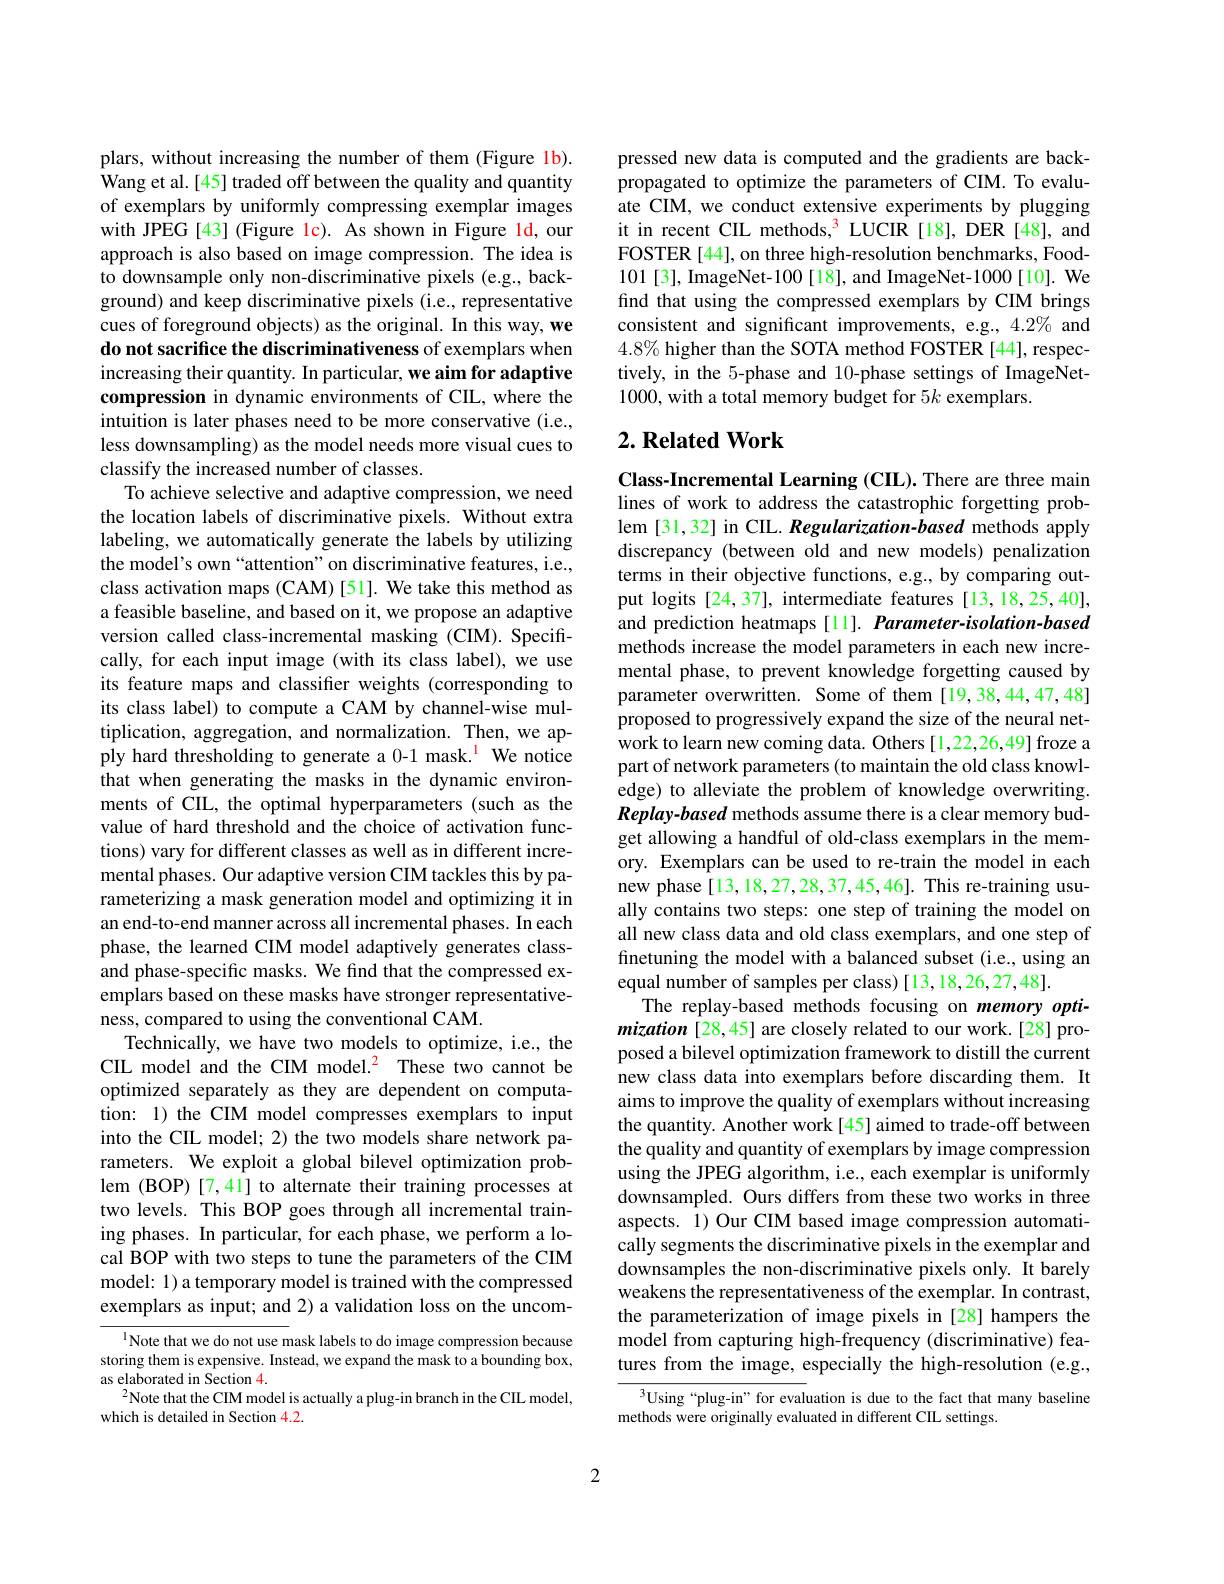
plars, without increasing the number of them (Figure 1b). Wang et al.[45] traded off between the quality and quantity of exemplars by uniformly compressing exemplar images with JPEG [43] (Figure lc). As shown in Figure ld, our approach is also based on image compression. The idea is to downsample only non-discriminative pixels (e.g., background) and keep discriminative pixels (i.e., representative cues of foreground objects) as the original. In this way, we do not sacrifice the discriminativeness of exemplars when increasing their quantity. In particular, we aim for adaptive compression in dynamic environments of CIL, where the intuition is later phases need to be more conservative (i.e., less downsampling) as the model needs more visual cues to classify the increased number of classes.
To achieve selective and adaptive compression, we need the location labels of discriminative pixels. Without extra labeling, we automatically generate the labels by utilizing the model's own“attention”on discriminative features, i.e., class activation maps (CAM)[51]. We take this method as a feasible baseline, and based on it, we propose an adaptive version called class-incremental masking (CIM). Specifically, for each input image (with its class label), we use its feature maps and classifier weights (corresponding to its class label) to compute a CAM by channel-wise multiplication, aggregation, and normalization. Then, we apply hard thresholding to generate a 0-1 mask.$^{\mathrm{l}}$ We notice that when generating the masks in the dynamic environments of CIL, the optimal hyperparameters (such as the value of hard threshold and the choice of activation functions) vary for different classes as well as in different incremental phases. Our adaptive version CIM tackles this by parameterizing a mask generation model and optimizing it in an end-to-end manner across all incremental phases. In each phase, the learned CIM model adaptively generates classand phase-specific masks. We find that the compressed exemplars based on these masks have stronger representativeness, compared to using the conventional CAM.
Technically, we have two models to optimize, i.e., the CIL model and the CIM model.$^{\color{red}2}$ These two cannot be optimized separately as they are dependent on computation: 1) the CIM model compresses exemplars to input into the CIL model; 2) the two models share network parameters. We exploit a global bilevel optimization problem (BOP) [7,41] to alternate their training processes at two levels. This BOP goes through all incremental training phases. In particular, for each phase, we perform a local BOP with two steps to tune the parameters of the CIM model: 1) a temporary model is trained with the compressed exemplars as input; and 2) a validation loss on the uncom- ${^{1}\text{Note that we do not use m}}$ask labels to do image compression because

storing them is expensive. Instead, we expand the mask to a bounding box,
as elaborated in Section 4.
$^{2}$Note that the CIM model is actually a plug-in branch in the CIL model,
which is detailed in Section 4.2.

pressed new data is computed and the gradients are backpropagated to optimize the parameters of CIM. To evaluate CIM, we conduct extensive experiments by plugging it in recent CIL methods,$^{\color{red}3}$ LUCIR[18],DER[48],and FOSTER [44], on three high-resolution benchmarks, Food- 101 [3], ImageNet-100[18], and ImageNet-1000[10]. We find that using the compressed exemplars by CIM brings consistent and significant improvements, e.g., 4.2% and $4.8\%$ higher than the SOTA method FOSTER [44], respectively, in the 5-phase and 10-phase settings of ImageNet- 1000, with a total memory budget for 5k exemplars

## $2. \textbf{ Related Work}$

Class-Incremental Learning (CIL). There are three main lines of work to address the catastrophic forgetting problem [31,32] in CIL. Regularization-based methods apply discrepancy (between old and new models) penalization terms in their objective functions, e.g., by comparing output logits [24,37], intermediate features [13,18,25,40], and prediction heatmaps [11]. Parameter-isolation-based methods increase the model parameters in each new incremental phase, to prevent knowledge forgetting caused by parameter overwritten. Some of them [19,38,44,47,48] proposed to progressively expand the size of the neural network to learn new coming data. Others [1,22,26,49] froze a part of network parameters (to maintain the old class knowledge) to alleviate the problem of knowledge overwriting. Replay-based methods assume there is a clear memory budget allowing a handful of old-class exemplars in the memory. Exemplars can be used to re-train the model in each new phase[13,18,27,28,37,45,46]. This re-training usually contains two steps: one step of training the model on all new class data and old class exemplars, and one step of finetuning the model with a balanced subset (i.e., using an equal number of samples per class) [13,18,26,27,48].
The replay-based methods focusing on memory optimization [28,45] are closely related to our work.[28] proposed a bilevel optimization framework to distill the current new class data into exemplars before discarding them. It aims to improve the quality of exemplars without increasing the quantity. Another work[45] aimed to trade-off between the quality and quantity of exemplars by image compression using the JPEG algorithm, i.e., each exemplar is uniformly downsampled. Ours differs from these two works in three aspects. 1) Our CIM based image compression automatically segments the discriminative pixels in the exemplar and downsamples the non-discriminative pixels only. It barely weakens the representativeness of the exemplar. In contrast, the parameterization of image pixels in [28] hampers the model from capturing high-frequency (discriminative) features from the image, especially the high-resolution (e.g.,
$^3$Using“plug-in” for evaluation is due to the fact that many baseline
methods were originally evaluated in different CIL settings.

2